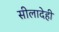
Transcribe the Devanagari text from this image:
सीलादेही